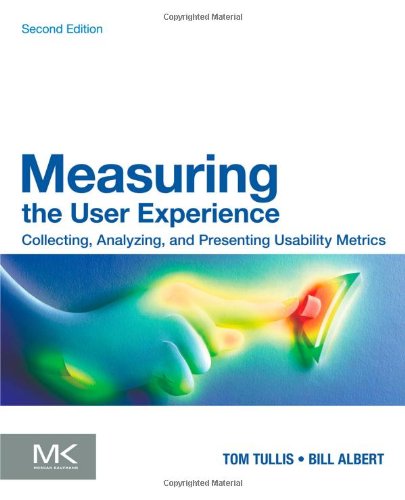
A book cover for Measuring the User Experience, Second Edition: Collecting, Analyzing, and Presenting Usability Metrics (Interactive Technologies); William Albert; Computers & Technology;